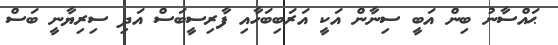
ޙައްސާނު ބިން އަބީ ސިނާން އަކީ އަރަބިބަހާއި ފާރިސީބަސް އަދި ސިރިޔާނީ ބަސް